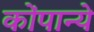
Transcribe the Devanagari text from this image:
कोंपान्ये